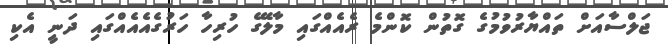
ޖަލްސާއަށް ތައްޔާރުވުމުގެ ގޮތުން ކޮންމެ ރެއެއްގައި މާލޭގެ ހުރިހާ ހަރުގެއެއެއްގައި ދަނީ އެކި